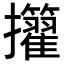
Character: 𢺜